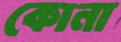
কোনা